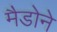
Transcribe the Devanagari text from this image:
मैडोने